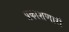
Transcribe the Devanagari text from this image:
प्रकाशणारी